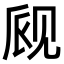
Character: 𫌪